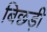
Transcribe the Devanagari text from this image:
बिछड़ी